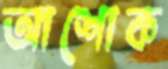
আশোক